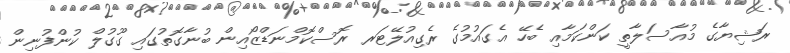
ރަޝިޔާގެ މުއާސަލާތީ ކަންކަމާއި ބެހޭ އެގައުމުގެ ރެގިއުލޭޓަރ ރޮސްކޮމްނަޑްޒޯއިން ބުނާގޮތުގައި ގޫގުލް ކުންފުނިން